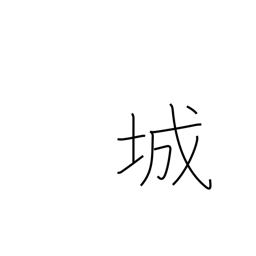
Meaning: castle